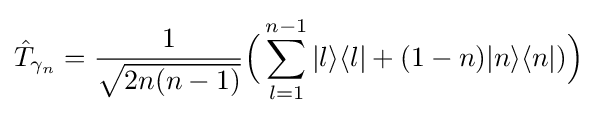
{\hat {T}}_{\gamma _{n}}={\frac {1}{\sqrt {2n(n-1)}}}{\Big (}\sum _{l=1}^{n-1}|l\rangle \langle l|+(1-n)|n\rangle \langle n|){\Big )}